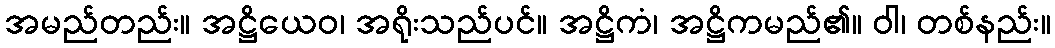
အမည်တည်း။ အဋ္ဌိယေဝ၊ အရိုးသည်ပင်။ အဋ္ဌိကံ၊ အဋ္ဌိကမည်၏။ ဝါ၊ တစ်နည်း။